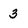
Character: 3